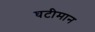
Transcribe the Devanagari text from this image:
घटीमान